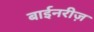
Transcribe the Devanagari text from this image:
बाईनरीज़